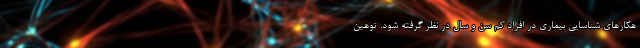
هکار‌های شناسایی بیماری در افراد کم سن و سال در نظر گرفته شود. توهین